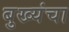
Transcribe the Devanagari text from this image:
बुख्यंचा